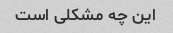
این چه مشکلی است